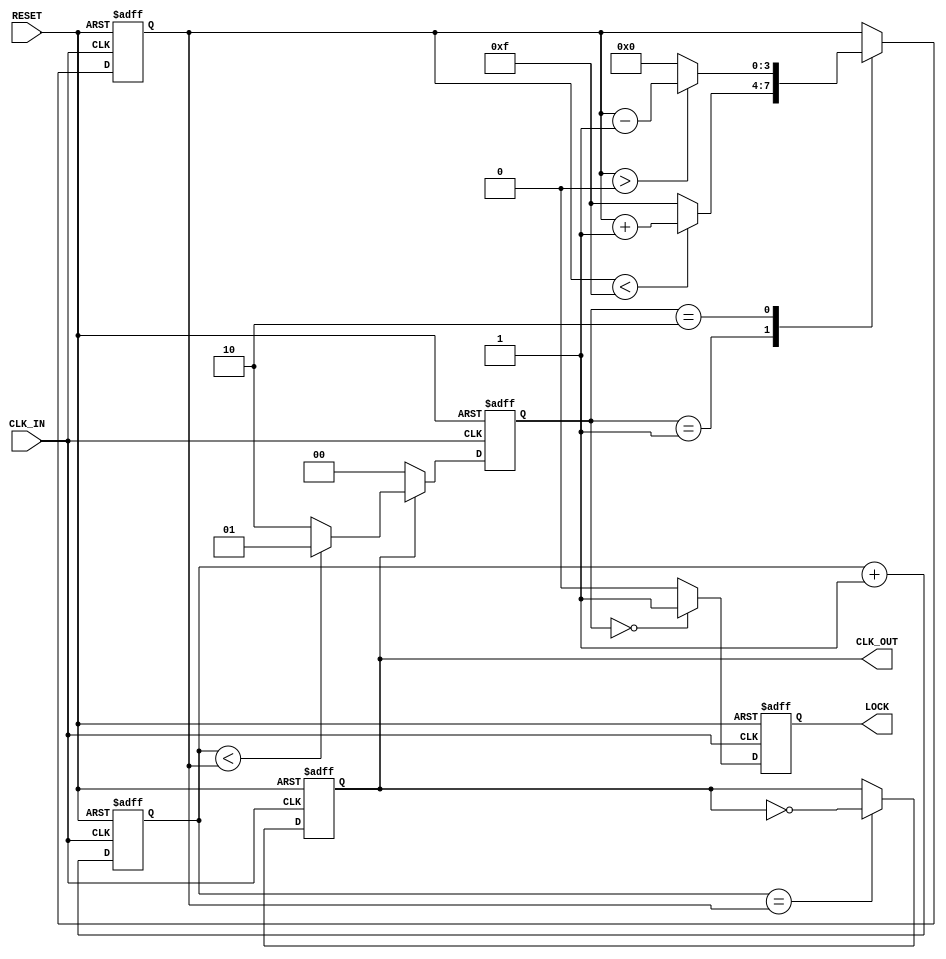
module DLL (
    input wire CLK_IN,          // Input clock
    input wire RESET,           // Asynchronous reset
    output reg CLK_OUT,         // Output clock
    output reg LOCK             // Lock status indicator
);

    // Parameters for loop filter and delay line
    parameter DELAY_COUNT = 10; // Number of delay elements
    parameter MAX_DELAY = 15;    // Maximum delay setting
    reg [3:0] delay_setting;     // Delay tuning variable
    reg [1:0] phase_error;       // Phase error signal

    // Delay line, assuming a simple memory block implementation
    reg [DELAY_COUNT-1:0] delay_line [0:MAX_DELAY-1];

    // Clock generation signals
    reg [3:0] clk_counter;
    reg clk_out_temp;

    // Phase Detector (PD)
    always @(posedge CLK_IN or posedge RESET) begin
        if (RESET) begin
            phase_error <= 2'b00; // reset phase error
        end else begin
            // Simple phase detection logic (leading/lagging)
            if (clk_out_temp == 1'b1) begin
                phase_error <= (clk_counter < delay_setting) ? 2'b01 : 2'b10;
            end else begin
                phase_error <= 2'b00; // no error
            end
        end
    end

    // Loop Filter (LF)
    always @(posedge CLK_IN or posedge RESET) begin
        if (RESET) begin
            delay_setting <= 4'b0000; // Reset delay setting
        end else begin
            // Simple loop filter logic
            case (phase_error)
                2'b01: delay_setting <= (delay_setting < MAX_DELAY) ? (delay_setting + 1) : MAX_DELAY; // Adjust delay
                2'b10: delay_setting <= (delay_setting > 0) ? (delay_setting - 1) : 0; // Adjust delay
                default: delay_setting <= delay_setting; // Hold
            endcase
        end
    end

    // Voltage-Controlled Delay Line (VCDL)
    always @(posedge CLK_IN or posedge RESET) begin
        if (RESET) begin
            clk_counter <= 4'b0000; // Reset counter
            LOCK <= 1'b0; // Reset lock status
            clk_out_temp <= 1'b0; // Reset output
        end else begin
            // Generate CLK_OUT based on delay setting
            clk_counter <= clk_counter + 1;
            if (clk_counter == delay_setting) begin
                clk_out_temp <= ~clk_out_temp; // Toggle output clock
            end

            // Lock detection logic
            LOCK <= (phase_error == 2'b00) ? 1'b1 : 1'b0; // Lock if no phase error
        end
    end

    // Assign the final output clock
    assign CLK_OUT = clk_out_temp;

endmodule